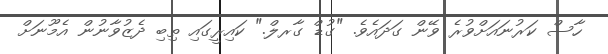
ހާސް ކަރުނައަށްވުރެ ވޭން ގަދައެވެ. "ގުޑް ގާރލް." ކައިރީގައި ތިބި ދެޒުވާނުން އެމޫނަށް